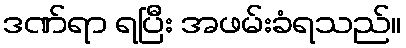
ဒဏ်ရာ ရပြီး အဖမ်းခံရသည်။